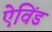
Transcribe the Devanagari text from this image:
ऐविंड